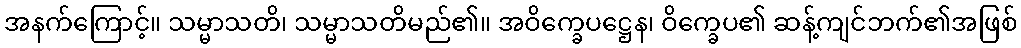
အနက်ကြောင့်။ သမ္မာသတိ၊ သမ္မာသတိမည်၏။ အဝိက္ခေပဋ္ဌေန၊ ဝိက္ခေပ၏ ဆန့်ကျင်ဘက်၏အဖြစ်